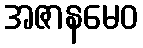
အဇာနမေဝ